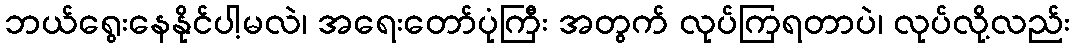
ဘယ်ရွေးနေနိုင်ပါ့မလဲ၊ အရေးတော်ပုံကြီး အတွက် လုပ်ကြရတာပဲ၊ လုပ်လို့လည်း